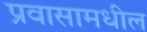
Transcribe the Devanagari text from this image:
प्रवासामधील